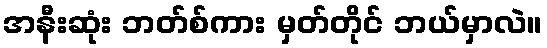
အနီးဆုံး ဘတ်စ်ကား မှတ်တိုင် ဘယ်မှာလဲ။